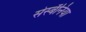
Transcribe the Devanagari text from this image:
सेस्बॅनिया